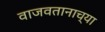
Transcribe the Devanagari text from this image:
वाजवतानाच्या